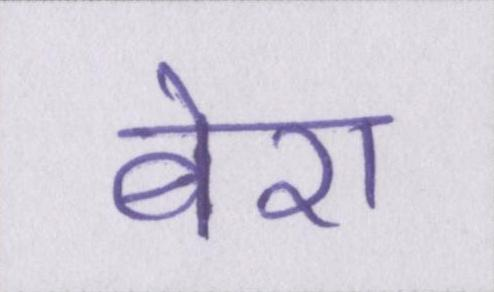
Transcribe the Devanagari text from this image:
बेरा